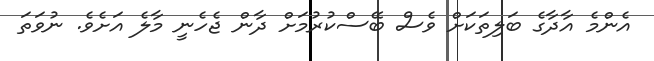
އެންމެ އާދާގެ ބަލިތަކަށް ވެސް ބޭސްކުރުމަށް ދާން ޖެހެނީ މާލެ އަށެވެ. ނުވަތަ